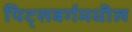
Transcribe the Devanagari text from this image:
पिट्सबर्गमधील